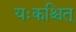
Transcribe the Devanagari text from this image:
यःकश्चित्